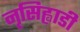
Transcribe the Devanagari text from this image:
नृसिह्वाडी